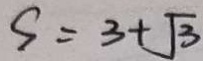
S = 3 + \sqrt { 3 }